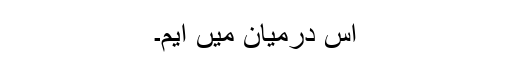
اس درمیان میں ایم۔